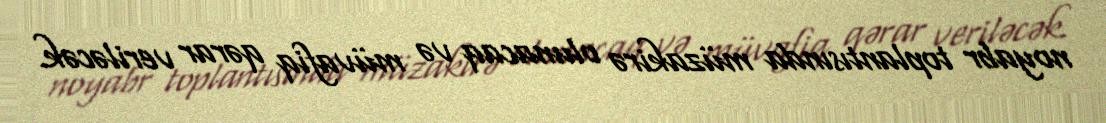
noyabr toplantısında müzakirə olunacaq və müvafiq qərar veriləcək.